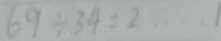
6 9 \div 3 4 = 2 \cdots 1